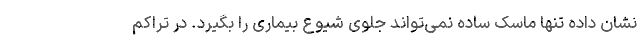
نشان داده تنها ماسک ساده نمی‌تواند جلوی شیوع بیماری را بگیرد. در تراکم